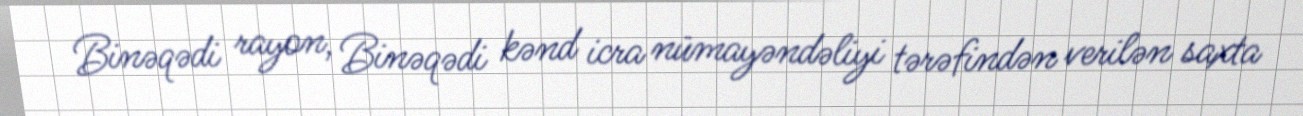
Binəqədi rayon, Binəqədi kənd icra nümayəndəliyi tərəfindən verilən saxta